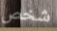
شخص